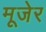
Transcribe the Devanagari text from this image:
मूजेर